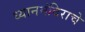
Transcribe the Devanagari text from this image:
ध्यानमंदिराचे